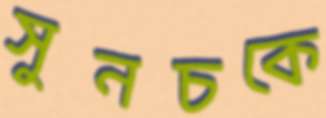
সুনচকে